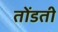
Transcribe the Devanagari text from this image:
तोंडती